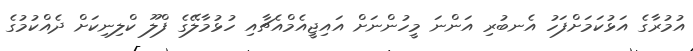
އުމުރާގެ އަޅުކަމަށްފަހު އެނބުރި އަންނަ މީހުންނަށް އައިޖީއެމްއެޗާއި ހުޅުމާލޭގެ ފްލޫ ކްލިނިކަށް ދެއްކުމުގެ